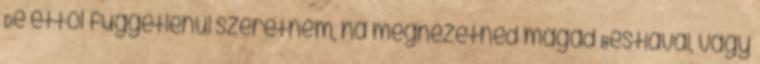
De ettől függetlenül szeretném, ha megnézetnéd magad Bestiával, vagy